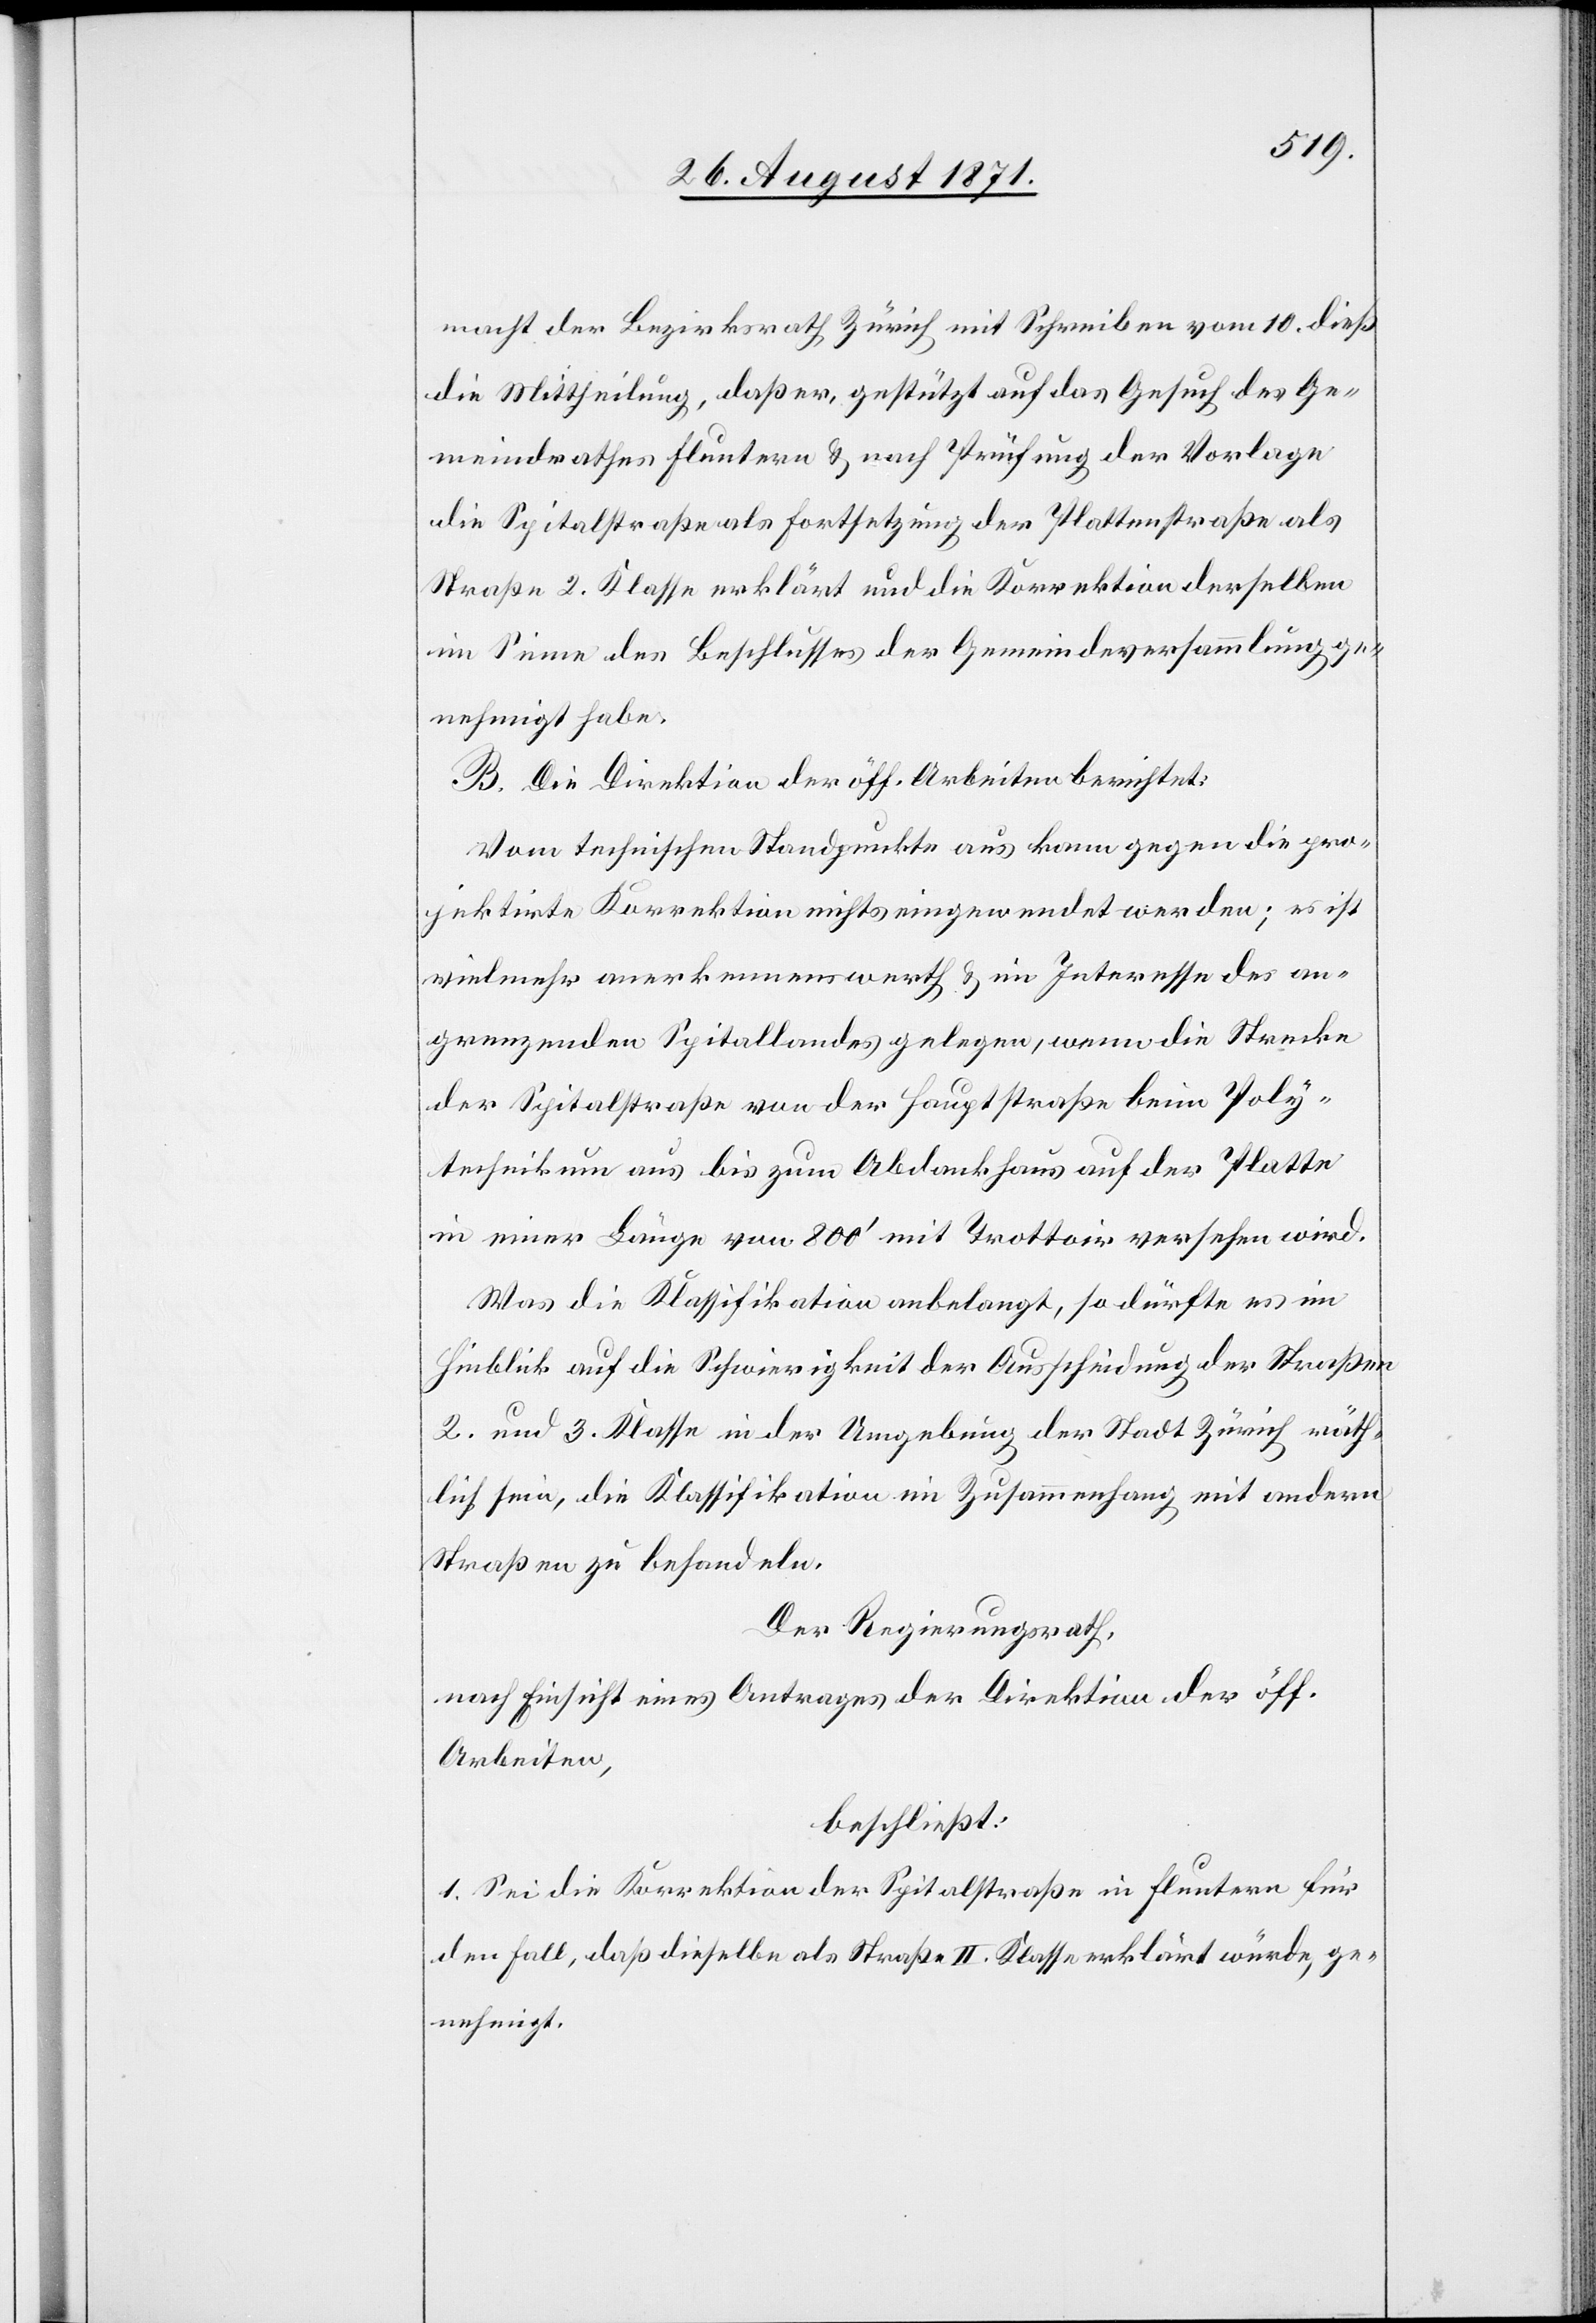
macht der Bezirksrath Zürich mit Schreiben vom 10. dieß
die Mittheilung, daß er, gestützt auf das Gesuch des Ge¬
meindrathes Fluntern & nach Prüfung der Vorlage
die Spitalstraße als Fortsetzung der Plattenstraße als
Straße 2. Klasse erklärt und die Korrektion derselben
im Sinne des Beschlusses der Gemeindeversammlung ge¬
nehmigt habe.
B. Die Direktion der öff. Arbeiten berichtet:
Vom technischen Standpunkte aus kann gegen die pro¬
jektirte Korrektion nichts eingewendet werden; es ist
vielmehr anerkennenswerth & im Interesse des an¬
grenzenden Spitallandes gelegen, wenn die Strecke
der Spitalstraße von der Hauptstraße beim Poly¬
technikum aus bis zum Abdankhaus auf der Platte
in einer Länge von 800’ mit Trottoir versehen wird.
Was die Klassifikation anbelangt, so dürfte es im
Hinblick auf die Schwierigkeit der Ausscheidung der Straßen
2. und 3. Klasse in der Umgebung der Stadt Zürich räth¬
lich sein, die Klassifikation im Zusammenhang mit andern
Straßen zu behandeln.
Der Regierungsrath,
nach Einsicht eines Antrages der Direktion der öff.
Arbeiten,
beschließt:
1. Sei die Korrektion der Spitalstraße in Fluntern für
den Fall, daß dieselbe als Straße II. Klasse erklärt würde, ge¬
nehmigt.